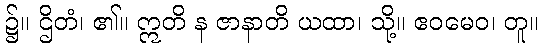
၌။ ဌိတံ၊ ၏။ ဣတိ န ဇာနာတိ ယထာ၊ သို့။ ဧဝမေဝ၊ တူ။